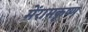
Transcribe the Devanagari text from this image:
मेंरामकृष्ण